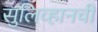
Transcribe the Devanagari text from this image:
सुलिव्हानची